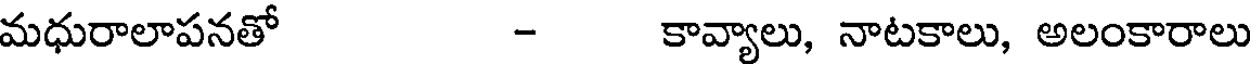
మధురాలాపనతో - కావ్యాలు, నాటకాలు, అలంకారాలు